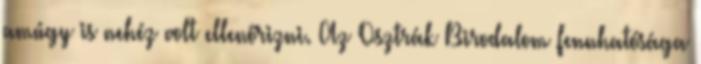
amúgy is nehéz volt ellenőrizni. Az Osztrák Birodalom fennhatósága